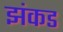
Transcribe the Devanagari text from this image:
झंकड